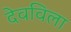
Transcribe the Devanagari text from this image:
देवविला